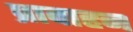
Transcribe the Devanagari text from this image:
प्रावाहन